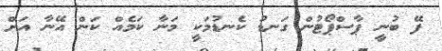
ފޭ ބުނީ ޕާސްޕޯޓުން ގަނޑު ކެނޑުމަކީ މަނާ ކަމެއް ކަން އޭނާ އަށް